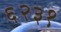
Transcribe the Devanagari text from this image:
६२३१